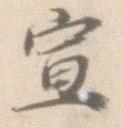
宣